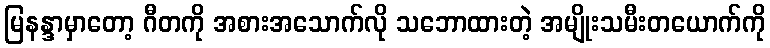
မြနန္ဒာမှာတော့ ဂီတကို အစားအသောက်လို သဘောထားတဲ့ အမျိုးသမီးတယောက်ကို